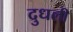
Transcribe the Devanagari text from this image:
दुधली